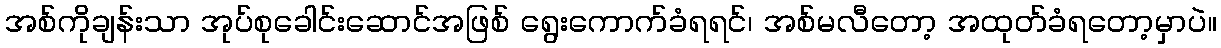
အစ်ကိုချန်းသာ အုပ်စုခေါင်းဆောင်အဖြစ် ရွေးကောက်ခံရရင်၊ အစ်မလီတော့ အထုတ်ခံရတော့မှာပဲ။